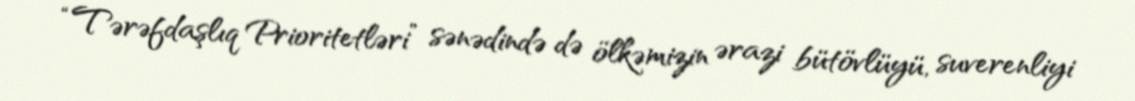
“Tərəfdaşlıq Prioritetləri” sənədində də ölkəmizin ərazi bütövlüyü, suverenliyi